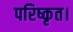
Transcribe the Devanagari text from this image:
परिष्कृत।